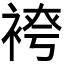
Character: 𫋾